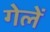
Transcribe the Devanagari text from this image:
गेलें